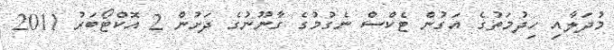
މުދަލާއި ހިދުމަތުގެ އަގުން ޓެކްސް ނެގުމުގެ ގާނޫނުގެ ދަށުން 2 އޮކްޓޯބަރު 2011